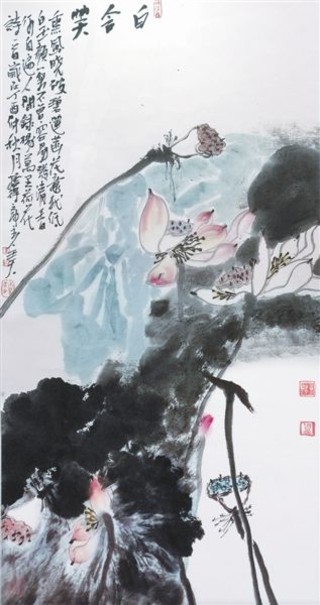
落日无情最有情，遍催万树暮蝉鸣。